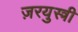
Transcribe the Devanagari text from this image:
ज़रयुस्त्री